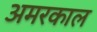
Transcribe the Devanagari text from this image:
अमरकाल